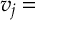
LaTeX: v _ { j } =